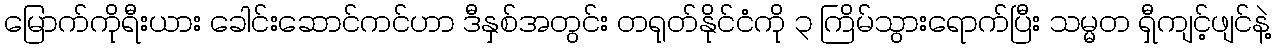
မြောက်ကိုရီးယား ခေါင်းဆောင်ကင်ဟာ ဒီနှစ်အတွင်း တရုတ်နိုင်ငံကို ၃ ကြိမ်သွားရောက်ပြီး သမ္မတ ရှီကျင့်ဖျင်နဲ့